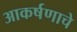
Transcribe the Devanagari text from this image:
आकर्षणाचे